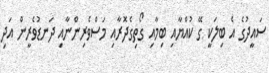
ސައީދުގެ އެ ބިލަކީ ގޭ ކުއްޔާއި ބިމާއި ގޯތިގެދޮރާއި މަސްވެރިންނާއި ދަނޑުވެރީން އަދި